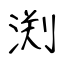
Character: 渕